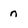
Character: n